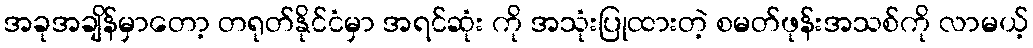
အခုအချိန်မှာတော့ တရုတ်နိုင်ငံမှာ အရင်ဆုံး ကို အသုံးပြုထားတဲ့ စမတ်ဖုန်းအသစ်ကို လာမယ့်